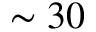
\sim 3 0